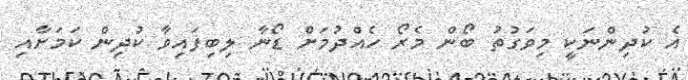
އެ ކުދިންނަކީ މިވަގުތު ބޯން މެރޯ ހެއްދުމަށް ޑޯނާ ލިބިފައިވާ ކުދިން ކަމަށާއި